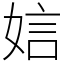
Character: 娮